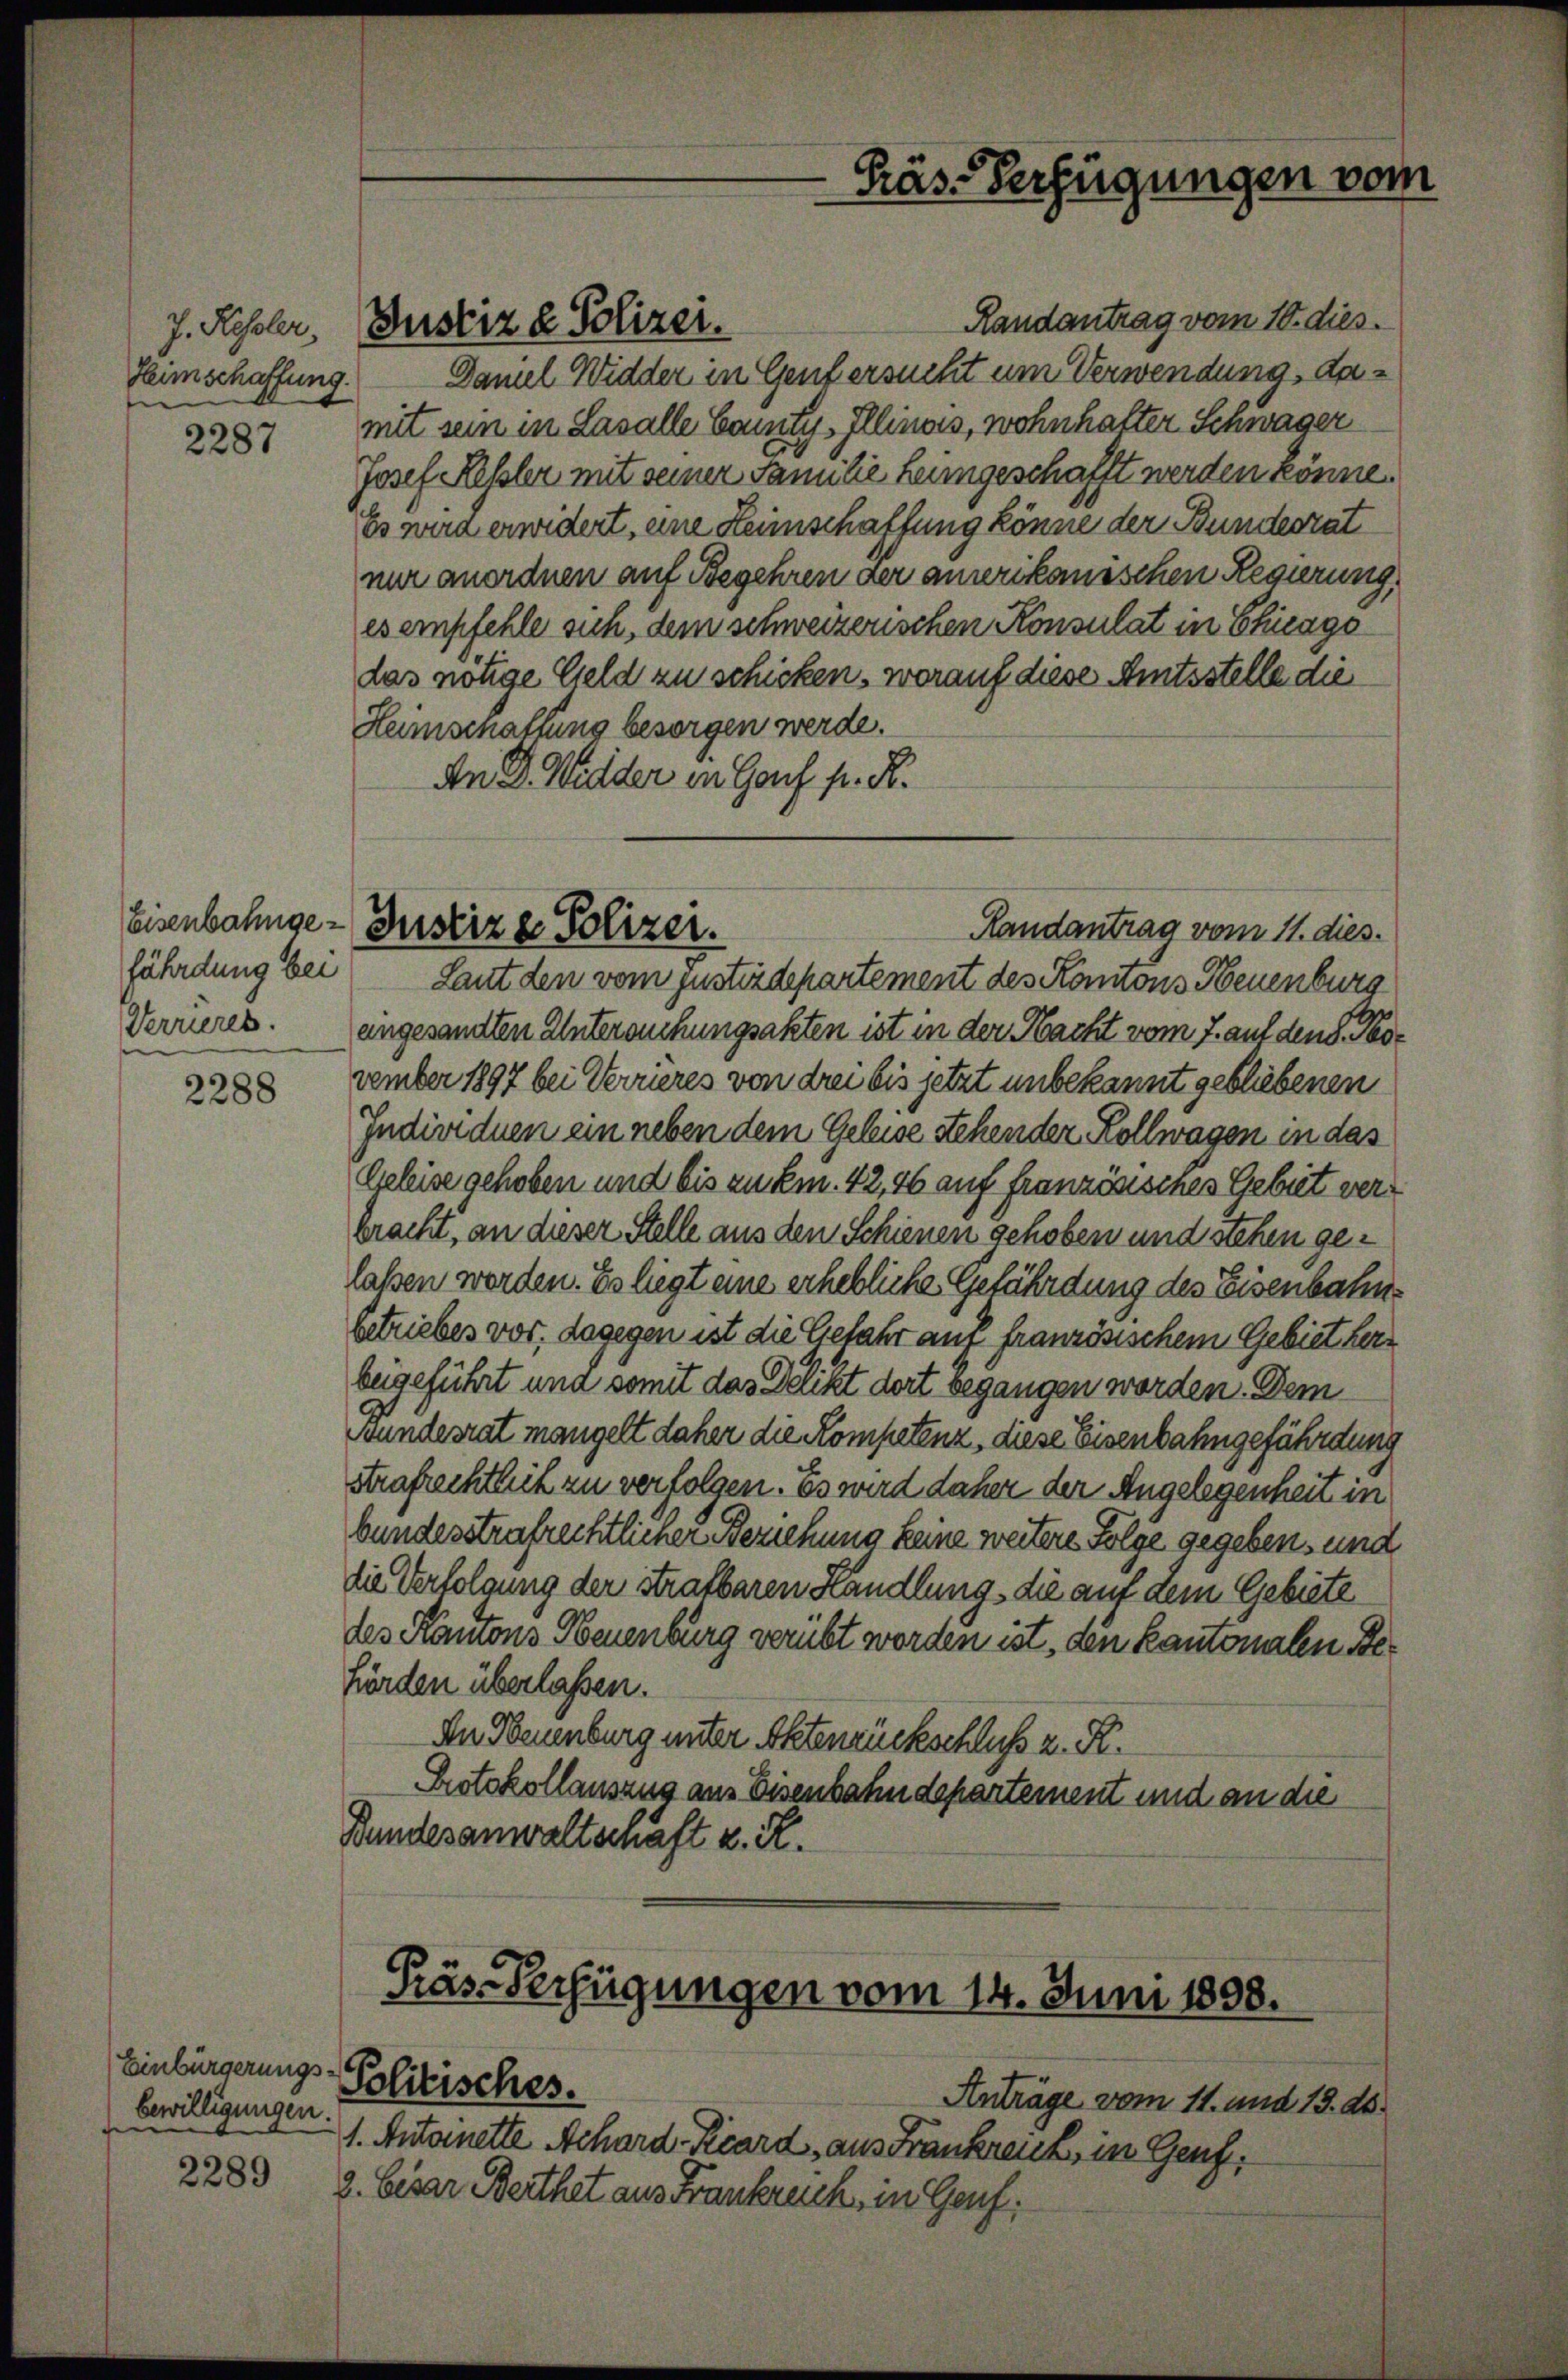
J. Hessler,
Heimschaffung.

2287

Eisenbahngefährdung bei

2288

Einbürgerungs-
bewilligungen.

2289

Damel Widder in Genfersucht um Verwendung, damit sein in Lasalle Canty-Illinas, wohnhafter Schwager
Josef Kessler mit seiner Familie heimgeschafft werden könne.
Es wird erwidert, eine Heimschaffung könne der Bundesrat
nur anordnen auf Begehren der amerikanischen Regierung,
es empfehle sich, dem schweizerischen Konsulat in Chicago
das nötige Geld zu schicken, worauf diese Amtsstelle die
Heimschaffung besorgen werde.
An D. Widder in Gauf fr. R.
Verrieres. eingesandten Untersuchungsakten ist in der Nacht vom 7. auf den S. Kovember 1897 bei Verrüres von drei bis jetzt unbekannt gebliebenen
Individuen ein neben dem Geleise stehender Kollwagen in das
Geleise gehoben und bis zukm. 42, 46 auf französisches Gebiet verbracht, an dieser Stelle aus den Schienen gehoben und stehen gelaßen worden. Es liegt eine erhebliche Gefährdung des Eisenbahnbetriebes vor, dagegen ist die Gefahr auf französischem Gebiet herr
beigeführt und somit das Delikt dort begangen worden. Dem
wundesrat mangelt daher die Kompetenz, diese Eisenbahngefährdung
strafrechtlich zu verfolgen. Es wird daher der Angelegenheit in
bundesstrafrechtlicher Beziehung keine weitere Folge gegeben, und
die Verfolgung der Strafbaren Handlung, die auf dem Gebiete
des Kantons Neuenburg verübt worden ist, den kantonalen Behörden überlassen.
An Neuenburg unter Aktenrückschluß z. R.
Protokollauszug aus Eisenbahndepartement und an die
Bundesanwaltschaft u. R.

Justiz & Polizei.

Päs-Verfügungen vom

Justiz & Polizei.
Randantrag vom 11. dies.
Laut den vom justizdepartement des Kantons Neuenburg

Präs-Verfügungen vom 14. Juni 1808.
Politisches.

Randantrag vom 10. dies.

Anträge vom 11. und 15. ds.
1. Antanette Achard-Kcard, aus Frankreuz in Genf.
2. besar Berthet aus Frankreich, in Genf.